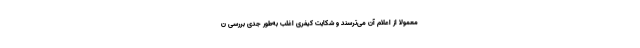
معمولا از اعلام آن می‌ترسند و شکایت کیفری اغلب به‌طور جدی بررسی ن